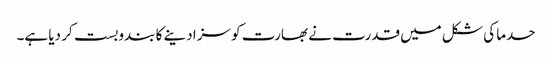
حدما کی شکل میں قدرت نے بھارت کو سزا دینے کا بندوبست کر دیا ہے۔